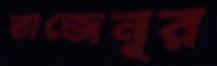
তাজেনূর